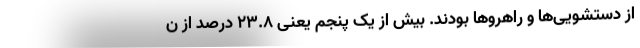
از دستشویی‌ها و راهروها بودند. بیش از یک پنجم یعنی ۲۳.۸ درصد از ن